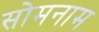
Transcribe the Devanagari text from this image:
सोमनाम